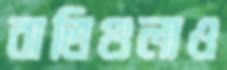
বাতিগুলাও